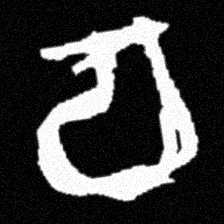
Pyu character \u2014 Myanmar letter: စ (romanized: ca)